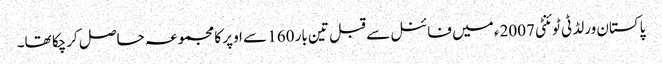
پاکستان ورلڈ ٹی ٹوئنٹی 2007ء میں فائنل سے قبل تین بار 160 سے اوپر کا مجموعہ حاصل کرچکا تھا۔